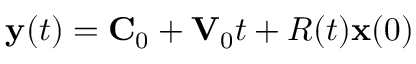
{ \bf y } ( t ) = { \bf C } _ { 0 } + { \bf V } _ { 0 } t + R ( t ) { \bf x } ( 0 )